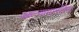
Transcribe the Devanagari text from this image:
आल्यामार्गानेच